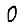
Digit: 0